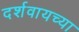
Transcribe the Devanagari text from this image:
दर्शवायच्या